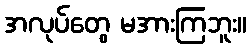
အလုပ်တွေ မအားကြဘူး။